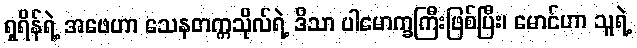
ရှရိန်ရဲ့ အဖေဟာ သေနတက္ကသိုလ်ရဲ့ ဒိသာ ပါမောက္ခကြီးဖြစ်ပြီး၊ မောင်ဟာ သူရဲ့